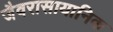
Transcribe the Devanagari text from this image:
जैवरासायानिक